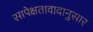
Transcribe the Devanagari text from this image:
सापेक्षतावादानुसार